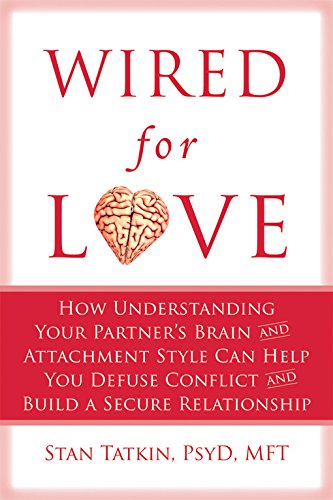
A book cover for Wired for Love: How Understanding Your Partner's Brain and Attachment Style Can Help You Defuse Conflict and Build a Secure Relationship; Stan Tatkin PsyD  MFT; Parenting & Relationships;